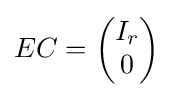
{\textstyle EC={\begin{pmatrix}I_{r}\\0\end{pmatrix}}}